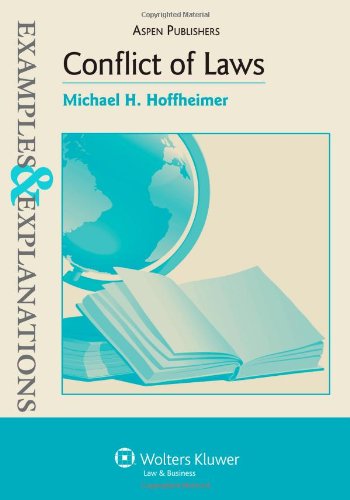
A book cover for Conflict of Laws: Examples & Explanations; Michael H. Hoffheimer; Law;